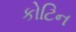
કોટિન